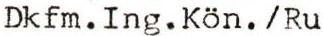
Dkfm.Ing.Kön./Ru